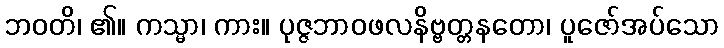
ဘဝတိ၊ ၏။ ကသ္မာ၊ ကား။ ပုဇ္ဇဘာဝဖလနိဗ္ဗတ္တနတော၊ ပူဇော်အပ်သော